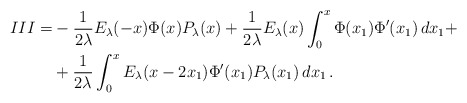
\begin{align*} III=& -\frac{1}{2\lambda}E_{\lambda}(-x)\Phi(x)P_\lambda(x)+ \frac{1}{2\lambda}E_{\lambda}(x)\int_0^x \Phi(x_1)\Phi'(x_1)\,dx_1 +\\&+\frac{1}{2\lambda}\int_0^xE_{\lambda}(x-2x_1)\Phi'(x_1)P_\lambda(x_1)\,dx_1 \, .\end{align*}